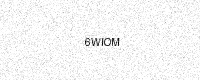
Text: 6WIOM